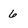
Character: 6